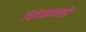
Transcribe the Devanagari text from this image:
विवेचनातही